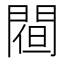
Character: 𨵀